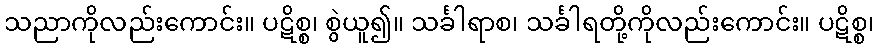
သညာကိုလည်းကောင်း။ ပဋိစ္စ၊ စွဲယူ၍။ သင်္ခါရာစ၊ သင်္ခါရတို့ကိုလည်းကောင်း။ ပဋိစ္စ၊